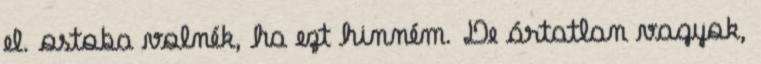
el. ostoba volnék, ha ezt hinném. De ártatlan vagyok,